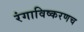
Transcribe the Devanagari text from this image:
रंगाविष्करणच